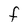
Character: F